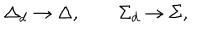
\Delta _ { d } \rightarrow \Delta , \qquad \Sigma _ { d } \rightarrow \Sigma ,